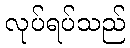
လုပ်ရပ်သည်